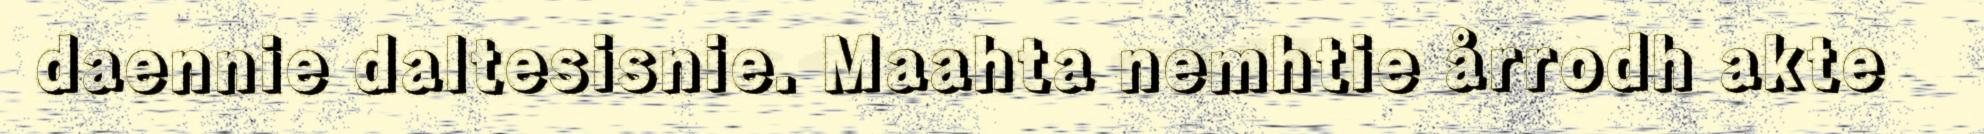
daennie daltesisnie. Maahta nemhtie årrodh akte